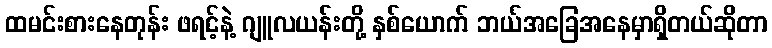
ထမင်းစားနေတုန်း ဖရင့်နဲ့ ဂျူလယန်းတို့ နှစ်ယောက် ဘယ်အခြေအနေမှာရှိတယ်ဆိုတာ